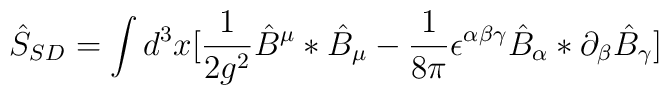
\hat S_{SD}=\int d^{3}x[\frac{1}{2g^2}\hat B^\mu *\hat B_\mu-\frac{1}{8\pi}\epsilon ^{\alpha\beta\gamma}\hat B_\alpha *\partial _\beta \hat B_\gamma ]